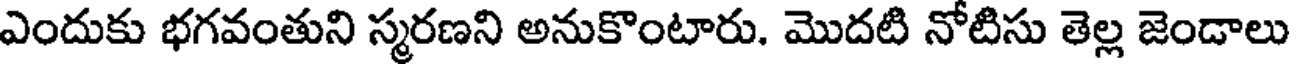
ఎందుకు భగవంతుని స్మరణని అనుకొంటారు. మొదటి నోటిసు తెల్ల జెండాలు